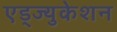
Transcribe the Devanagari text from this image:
एड्ज्युकेशन